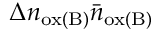
\Delta n _ { \mathrm { o x ( B ) } } \bar { n } _ { \mathrm { o x ( B ) } }